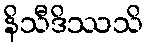
နိသီဒိဿသိ